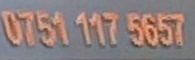
0751 117 5657